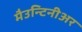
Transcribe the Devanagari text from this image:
मैउन्टिनीअर